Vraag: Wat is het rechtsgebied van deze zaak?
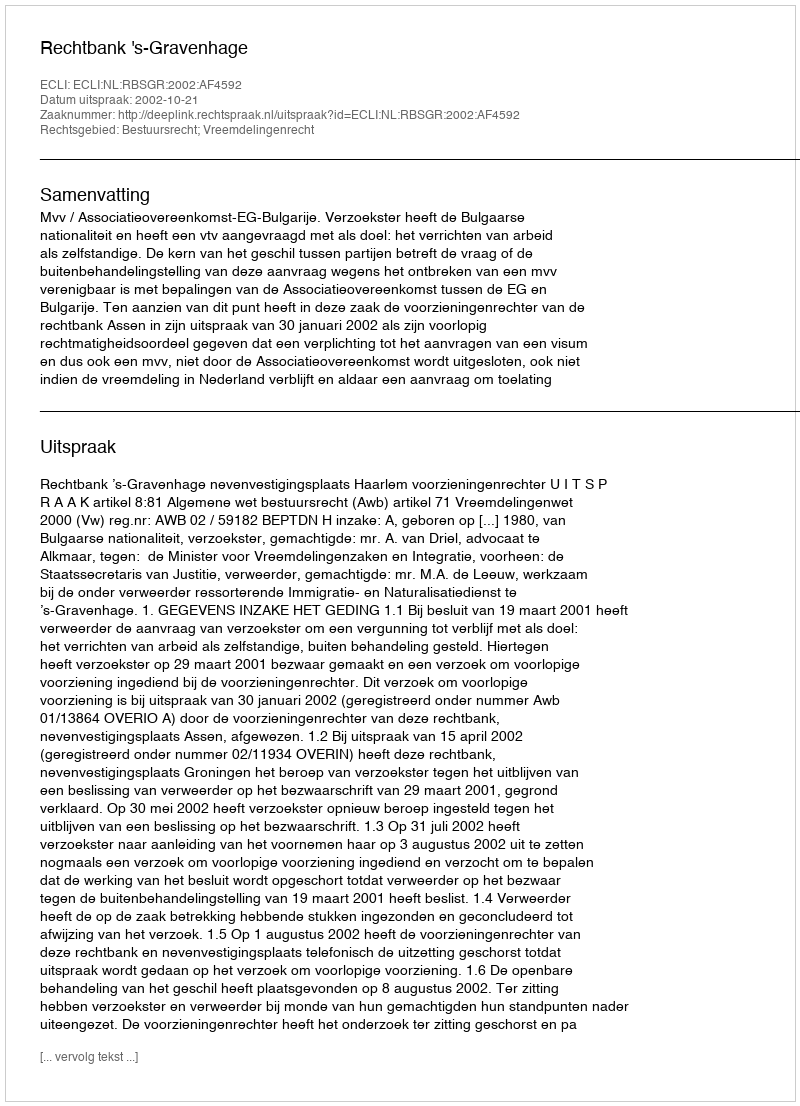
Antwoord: Bestuursrecht; Vreemdelingenrecht